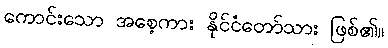
ကောင်းသော အစေ့ကား နိုင်ငံတော်သား ဖြစ်၏။